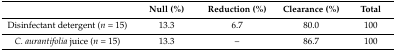
<table><thead><tr><td></td><td><b>Null (%)</b></td><td><b>Reduction (%)</b></td><td><b>Clearance (%)</b></td><td><b>Total</b></td></tr></thead><tbody><tr><td>Disinfectant detergent (<i>n</i> = 15)</td><td>13.3</td><td>6.7</td><td>80.0</td><td>100</td></tr><tr><td><i>C. aurantifolia</i> juice (<i>n</i> = 15)</td><td>13.3</td><td>–</td><td>86.7</td><td>100</td></tr></tbody></table>